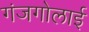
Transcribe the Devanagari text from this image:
गंजगोलाई